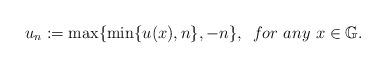
LaTeX: \begin{align*}u_{n}:=\max\{\min\{u(x),n\},-n\},\,\,\,for\,\, any\,\,x\in \mathbb{G}.\end{align*}